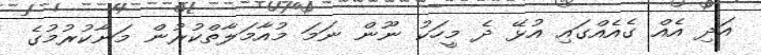
އަދި އެއް ގެއެއްގައި އުޅޭ ދެ މީހަކު ނޫން ނަމަ މުއާމަލާތްކުރުން މަނާކުރުމުގެ